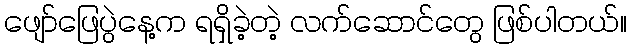
ဖျော်ဖြေပွဲနေ့က ရရှိခဲ့တဲ့ လက်ဆောင်တွေ ဖြစ်ပါတယ်။